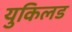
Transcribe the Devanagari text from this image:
युकिलड